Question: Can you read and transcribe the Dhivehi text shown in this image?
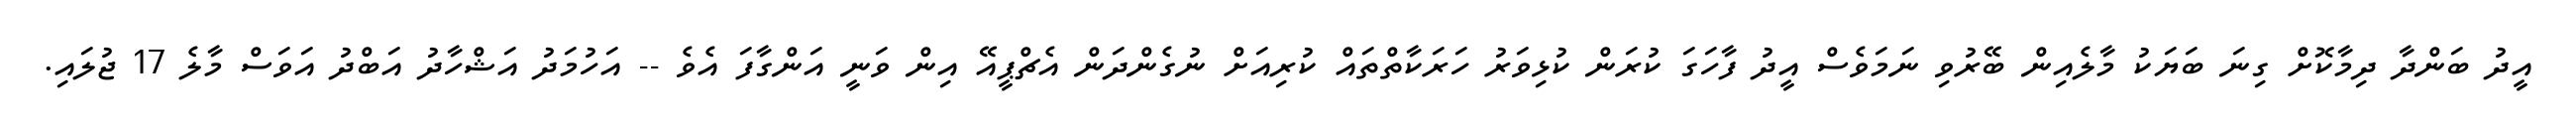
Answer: އީދު ބަންދާ ދިމާކޮށް ގިނަ ބަޔަކު މާލެއިން ބޭރުވި ނަމަވެސް އީދު ފާހަގަ ކުރަން ކުޅިވަރު ހަރަކާތްތައް ކުރިއަށް ނުގެންދަން އެޗްޕީއޭ އިން ވަނީ އަންގާފަ އެވެ -- އަހުމަދު އަޝްހާދު އަބްދު އަވަސް މާލެ 17 ޖުލައި.